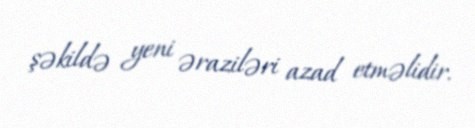
şəkildə yeni əraziləri azad etməlidir.